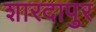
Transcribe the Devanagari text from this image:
शारदापुर